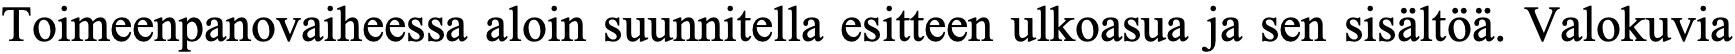
Toimeenpanovaiheessa aloin suunnitella esitteen ulkoasua ja sen sisältöä. Valokuvia